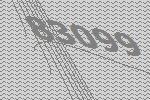
83099